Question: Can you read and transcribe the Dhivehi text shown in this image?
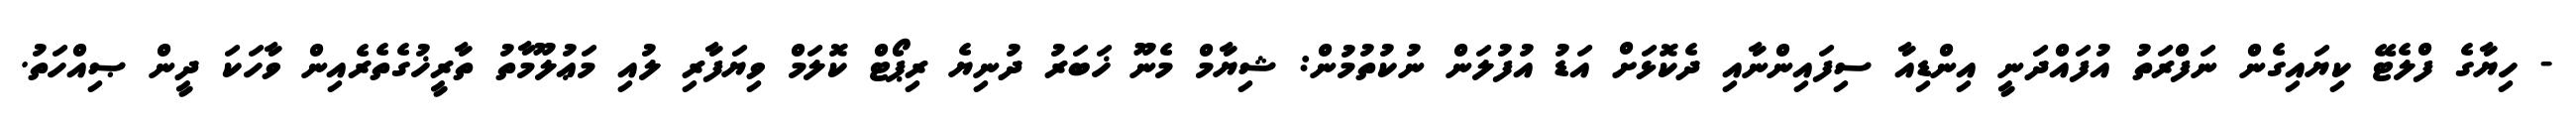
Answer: - ހިޔާގެ ފްލެޓޭ ކިޔައިގެން ނަފްރަތު އުފައްދަނީ އިންޑިއާ ސިފައިންނާއި ދެކޮޅަށް އަޑު އުފުލަން ނުކުތުމުން: ޝިޔާމް މެނޫ ޚަބަރު ދުނިޔެ ރިޕޯޓް ކޮލަމް ވިޔަފާރި ލުއި މަޢުލޫމާތު ތާރީޚުގެތެރެއިން ވާހަކަ ދީން ޞިއްހަތު.